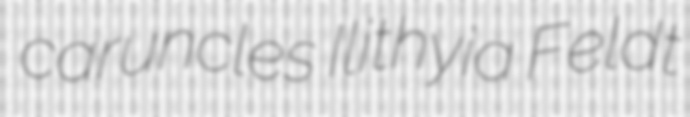
caruncles Ilithyia Feldt